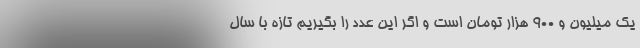
یک میلیون و 900 هزار تومان است و اگر این عدد را بگیریم تازه با سال